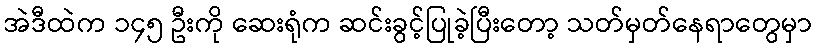
အဲဒီထဲက ၁၄၅ ဦးကို ဆေးရုံက ဆင်းခွင့်ပြုခဲ့ပြီးတော့ သတ်မှတ်နေရာတွေမှာ